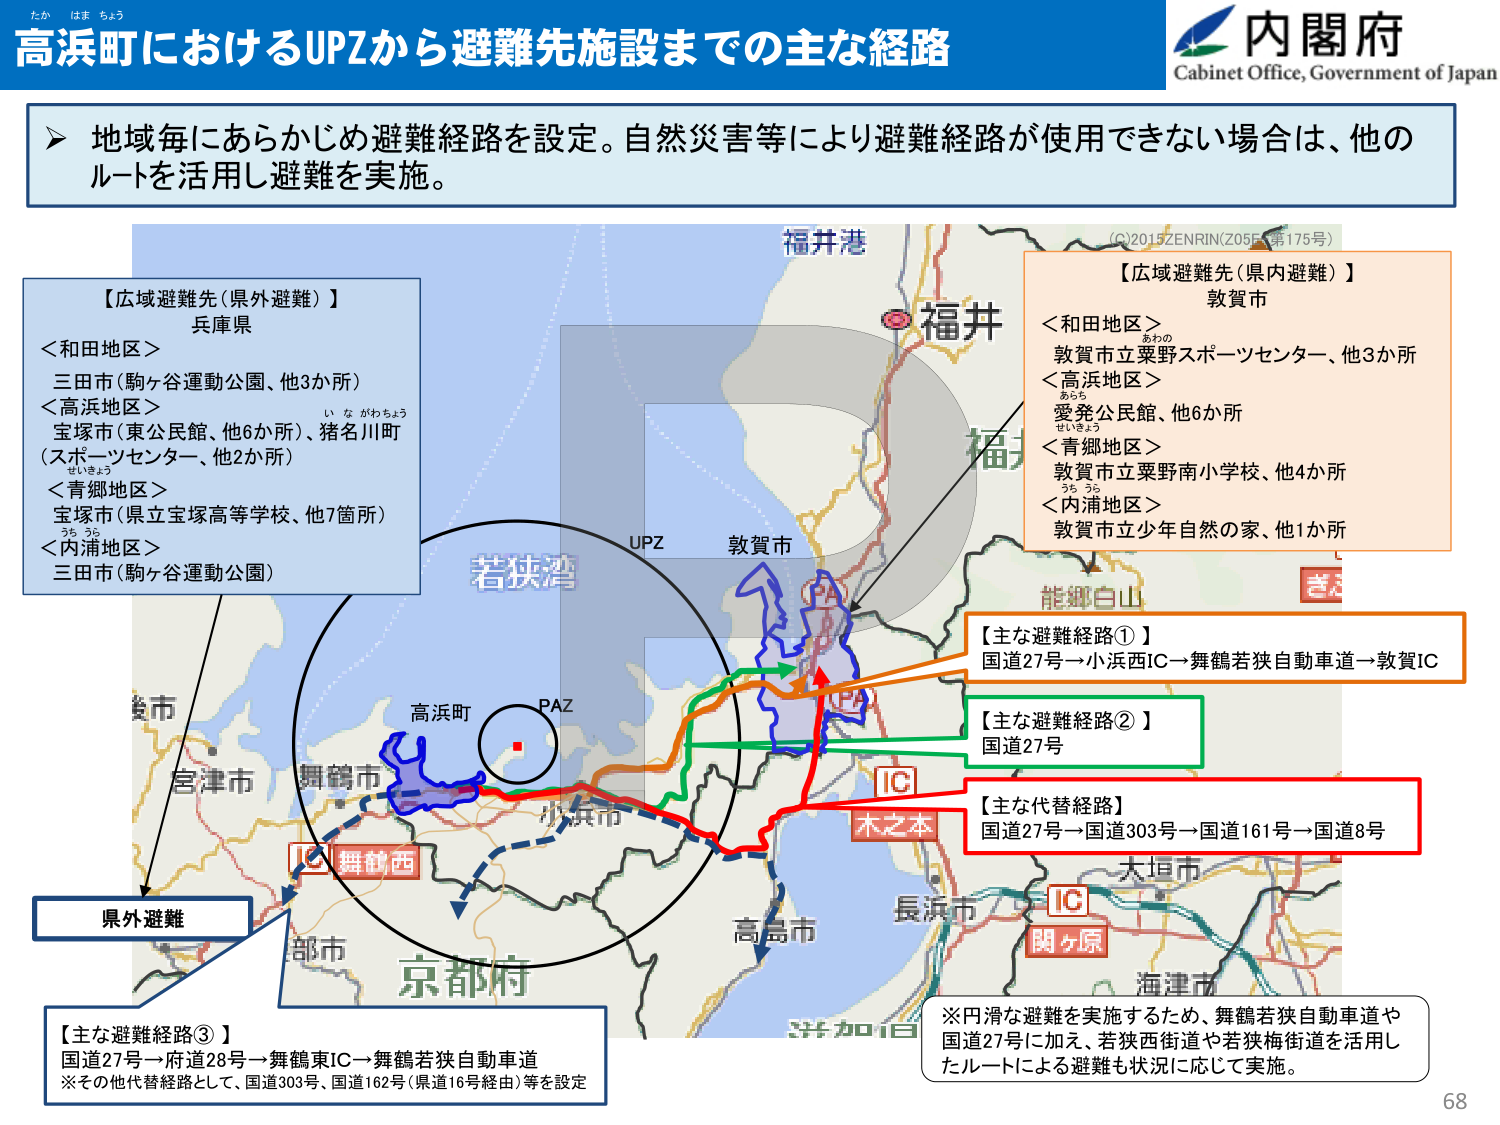
たか はま ちょう
高浜町におけるUPZから避難先施設までの主な経路
内閣府
Cabinet Office, Government of Japan

➤ 地域毎にあらかじめ避難経路を設定。自然災害等により避難経路が使用できない場合は、他のルートを活用し避難を実施。

【広域避難先（県外避難）】
兵庫県
＜和田地区＞
三田市（駒ヶ谷運動公園、他3か所）
＜高浜地区＞
宝塚市（東公民館、他6か所）、猪名川町（スポーツセンター、他2か所）
＜青郷地区＞
宝塚市（県立宝塚高等学校、他7箇所）
＜内浦地区＞
三田市（駒ヶ谷運動公園）

【広域避難先（県内避難）】
敦賀市
＜和田地区＞
敦賀市立粟野スポーツセンター、他3か所
＜高浜地区＞
愛発公民館、他6か所
＜青郷地区＞
敦賀市立粟野南小学校、他4か所
＜内浦地区＞
敦賀市立少年自然の家、他1か所

【主な避難経路①】
国道27号→小浜西IC→舞鶴若狭自動車道→敦賀IC

【主な避難経路②】
国道27号

【主な代替経路】
国道27号→国道303号→国道161号→国道8号

【主な避難経路③】
国道27号→府道28号→舞鶴東IC→舞鶴若狭自動車道
※その他代替経路として、国道303号、国道162号（県道16号経由）等を設定

※円滑な避難を実施するため、舞鶴若狭自動車道や国道27号に加え、若狭西街道や若狭梅街道を活用したルートによる避難も状況に応じて実施。

(C)2015 ZENRIN (Z055 第175号)
福井港
福井
UPZ
敦賀市
若狭湾
高浜町
PAZ
舞鶴西
IC
木之本
大垣市
長浜市
IC
関ヶ原
海津市
京都市
高島市
小浜市
舞鶴市
宮津市
京都市
県外避難

68